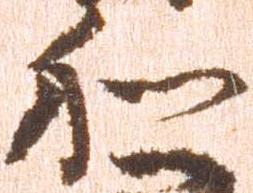
和